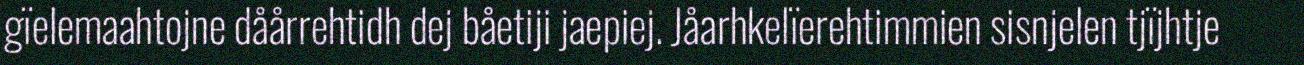
gïelemaahtojne dåårrehtidh dej båetiji jaepiej. Jåarhkelïerehtimmien sisnjelen tjïjhtje